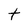
Character: t